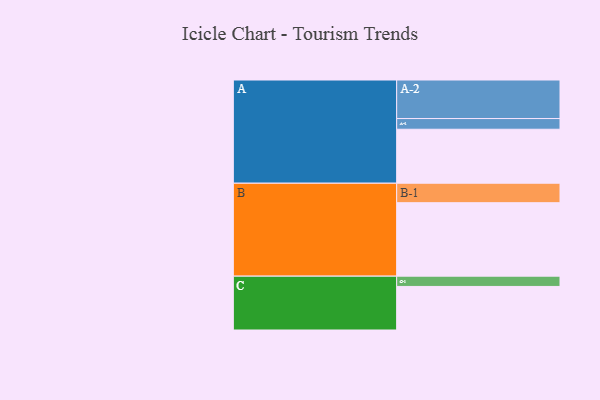
{"axis": {"x": "Segment", "y": "Value"}, "legend": ["", "A", "B", "C"], "data": [{"x": "A", "y": 399, "type": ""}, {"x": "B", "y": 543, "type": ""}, {"x": "C", "y": 322, "type": ""}, {"x": "A-1", "y": 79, "type": "A"}, {"x": "A-2", "y": 285, "type": "A"}, {"x": "B-1", "y": 144, "type": "B"}, {"x": "C-1", "y": 76, "type": "C"}]}